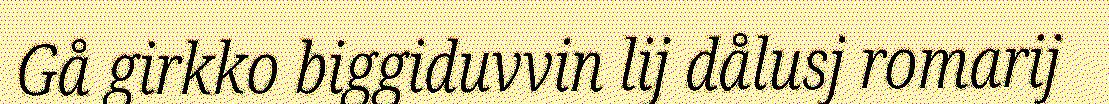
Gå girkko biggiduvvin lij dålusj romarij